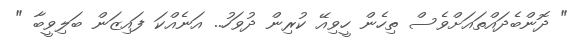
" ދޮންބެދައްތައަށްވެސް ތިހެން ހީވިއޭ ކުރިން ދުވަހު.. އަނެއްކަ ފައިޒަން ބަލިވީބާ "